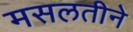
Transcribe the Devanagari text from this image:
मसलतीने